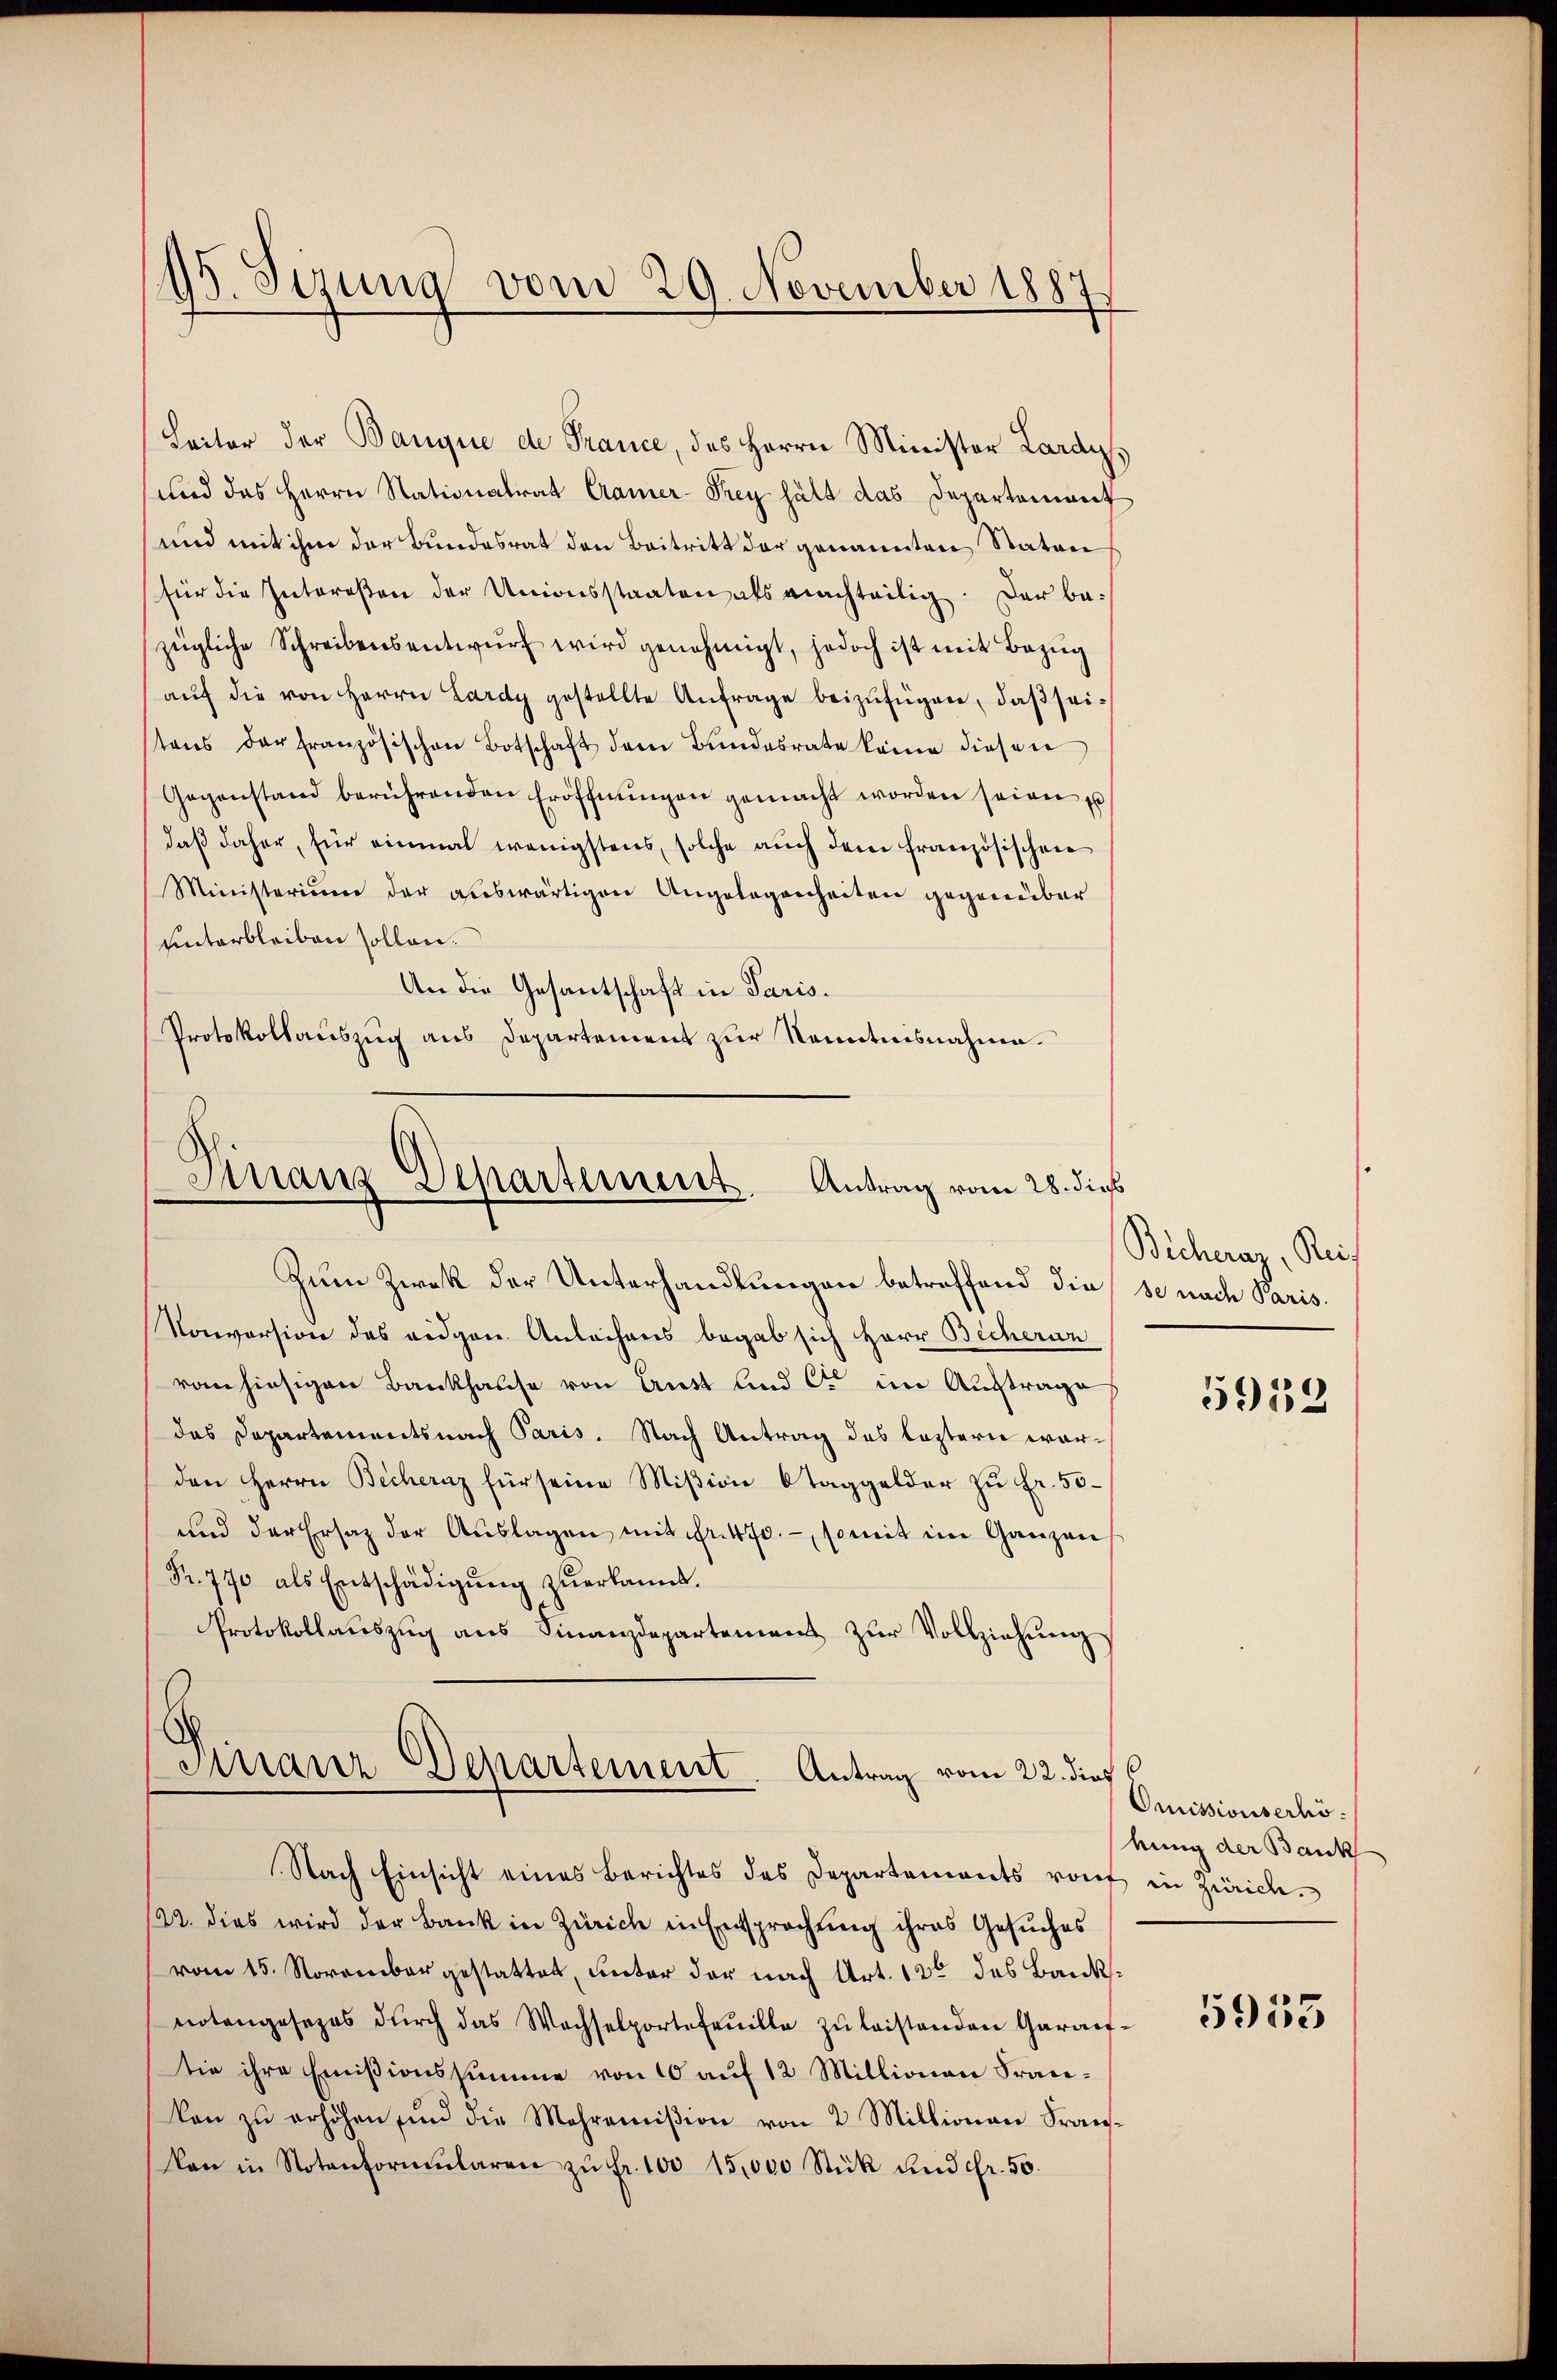
Leiter der Banque de France, des Herrn Minister Lardy,
und das Herrn Nationalrat Cramer-Frey hält das Departement
und mit ihm der Bundesrat den Beitritt der genannten Staten
für die Intereßen der Unionsstaaten als machteilig. Der bezügliche Schreibensentwŭrf wird genehmigt, jedoch ist mit Bezug
aŭf die von Herrn Lardy gestellte Anfrage beizufügen, daß seitens der französischen Botschaft dem Bundesrate keine diesen
Gegenstand berührenden Eröffnŭngen gemacht worden seien u
daß daher, für einmal wenigstens, solche auch dem französischen
Ministerium der auswärtigen Angelegenheiten gegenüber
unterbleiben sollen.
An die Gesantschaft in Paris.
Protokollauszug aus Departement zur Kenntnisnahme.

95. Sizung vom 29. November 1887

Finanz Departement. Antrag vom 28. dies

Zum Zwek der Unterhandlungen betreffend die se nach Paris.
Konversion des eidgen Anleihens begab sich Herr Becherun
von hiesigen Bankhause von Aust und C. im Auftrage
das Departementsnach Paris. Nach Antrag des leztern warden Herrn Bechernz für seine Mißion Taggelder zu Fr. 50
und der Ersatz der Auslagen mit Fr. 470. —, somit ein Ganzen
Fr. 770 als Entschädigŭng zŭerkannt.
Protokollaŭszŭg ans Finanzdepartement zŭr Vollziehŭng
Finanz-Departement Antrag vom 22. dies
Nach Einsicht eines Berichtes des Departements von in Zürich
22. dies wird der Bank in Zürich in Entsprechung ihres Gesuches
vom 15. November gestattet, unter der nach Art. 13t das Banksnotangesezes dŭrch das Wachselporte Feuille zŭ leistenden Garantie ihre Emissionssumme von 10 auf 12 Millionen Frankon zŭ erhöhen, und die Mehramision von 2 Millionen Frankan in Notenformŭlaren zŭ fr. 100 15,000 Stück und Fr. 50.

Bicheray, Reis
5912

Omissionserhöbung der Bank

5955